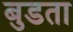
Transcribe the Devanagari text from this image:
बुडता